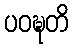
ပဝဍ္ဎတိ